Problem: 49 + 49 = ?
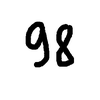
Handwritten answer: 98